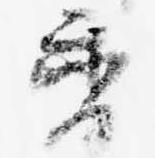
香